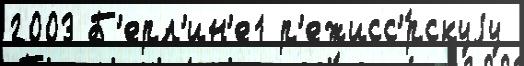
2003 Б'ерл'ин'е1 р'ежисс'́рскуjу